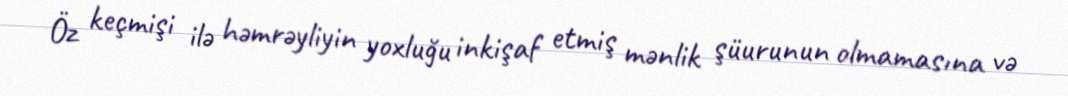
Öz keçmişi ilə həmrəyliyin yoxluğu inkişaf etmiş mənlik şüurunun olmamasına və